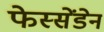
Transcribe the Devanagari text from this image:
फेस्सेंडेन